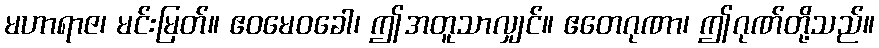
မဟာရာဇ၊ မင်းမြတ်။ ဧဝမေဝခေါ၊ ဤအတူသာလျှင်။ ဧတေဂုဏာ၊ ဤဂုဏ်တို့သည်။